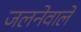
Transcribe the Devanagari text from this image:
जलनेवाले